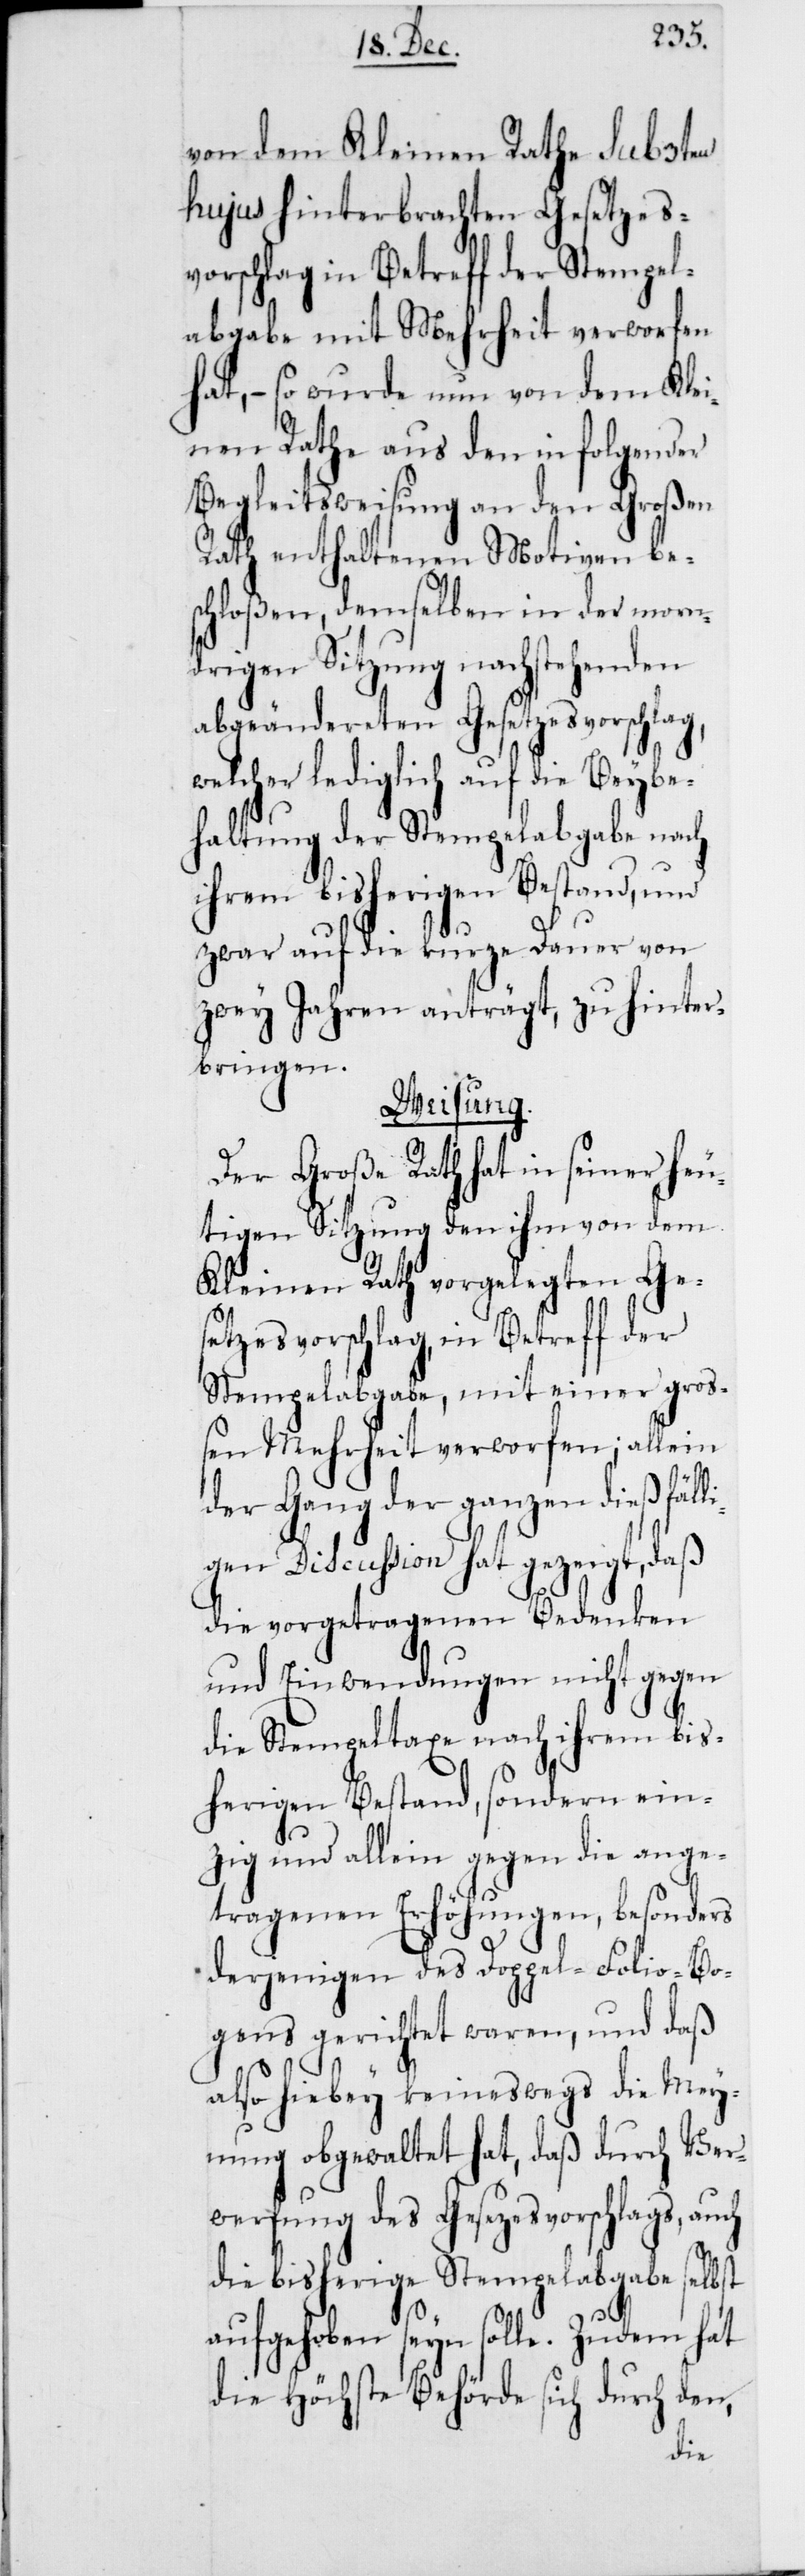
ven
von dem Kleinen
Ra¬
hujus hinterbrach¬
ehen¬
en,
vorschlag, we¬
worfen
abgabe mit Mehrheit
hat, – so wurde nun von dem Klei¬
nen Rathe aus den in folgender
Begleitweisung an den Großen
Rath enthaltenen Moti¬
hloßen, demselben in
drigen Sitzung nachst¬
abgeändereten Gesetzes¬
lcher lediglich auf
haltung der Stempelabgabe nach
ihrem bisherigen Bestand, und
zwar auf die kurze Dauer
zwey Jahren anträgt, zu hinter¬
bringen.
Weisung.
Der Große Rath hat in seiner heu¬
tigen Sitzung den ihm von dem
Kleinen Rath vorgelegten Ges¬
etzesvorschlag, in Betreff
Stempelabgabe, mit einer gro¬
ßen Mehrheit verworfen; allein
der Gang der ganzen dießfäll¬
igen Discussion hat gezeigt, daß
die vorgetragenen Bedenken
und Einwendungen nicht gegen
die Stempeltaxe nach ihrem bis¬
herigen Bestand, sondern ein¬
zig und allein gegen die ange¬
tragenen Erhöhungen, besonders
derjenigen des Doppel-Folio-Bo¬
gens gerichtet waren, und daß
also hiebey keineswegs die Mey¬
nung obgewaltet hat, daß durch Ver¬
werfung des Gesetzesvorschlags, auch
die bisherige Stempelabgabe selbst
aufgehoben seyn solle. Zudem hat
die Höchste Behörde sich durch d¬